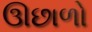
ઊછાળો